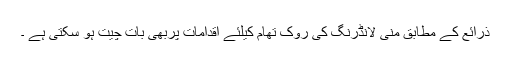
ذرائع کے مطابق منی لانڈرنگ کی روک تھام کیلئے اقدامات پربھی بات چیت ہو سکتی ہے ۔